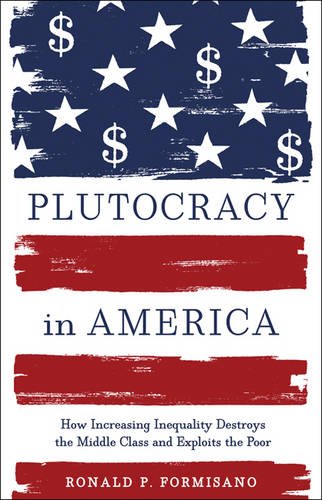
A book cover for Plutocracy in America: How Increasing Inequality Destroys the Middle Class and Exploits the Poor; Ronald P. Formisano; Business & Money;